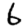
Digit: 6